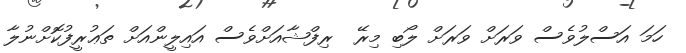
ހަމަ އަސްލުވެސް ވަރަށް ވަރަށް ލޯބި މިރޭ  ރިފްޝާއަށްވެސް އައިލީންއަށް ތަޢުރީފުކޮށްނުލާ